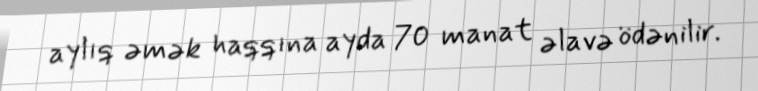
aylıq əmək haqqına ayda 70 manat əlavə ödənilir.